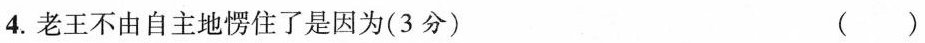
4.老王不由自主地愣住了是因为(3分) ( )